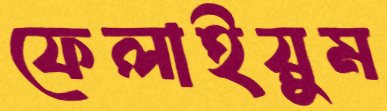
ফেলাইয়ুম